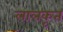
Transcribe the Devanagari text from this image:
लालकृत